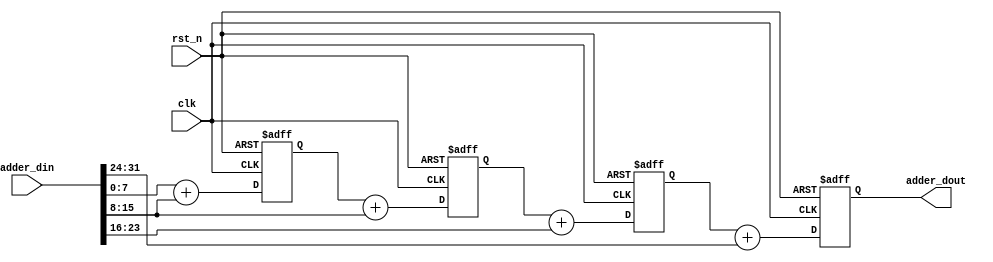
module adder_chains #(
	parameter MIN_WIDTH = 8,
	parameter ADDER_NUM = 4
)(
	input clk,    // Clock
	input rst_n,  // Asynchronous reset active low
	input [MIN_WIDTH * ADDER_NUM - 1:0]adder_din,

	output [MIN_WIDTH + ADDER_NUM - 1:0]adder_dout
);

genvar i;
generate
	for (i = 0; i < ADDER_NUM; i = i + 1) begin:layer
		reg [MIN_WIDTH + i:0]layer_result;
		wire [MIN_WIDTH + i - 1:0]layer_din0,layer_din1;
		if(i == 0) begin
			assign layer_din0 = adder_din[MIN_WIDTH - 1:0];
			assign layer_din1 = adder_din[2 * MIN_WIDTH - 1:MIN_WIDTH];
		end else begin
			assign layer_din0 = layer[i - 1].layer_result;
			assign layer_din1 = {adder_din[i * MIN_WIDTH +:MIN_WIDTH]};
		end

		always @(posedge clk or negedge rst_n) begin 
		 	if(~rst_n) begin
		 		layer_result <= 'b0;
		 	end else begin
		 		layer_result <= layer_din0 + layer_din1;
		 	end
		 end 
	end
endgenerate

assign adder_dout = layer[ADDER_NUM - 1].layer_result;

endmodule